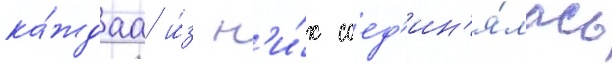
ка́ждаа и́з н'и́х соед'ин'я́лась